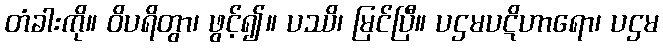
တံခါးကို။ ဝိပရိတွာ၊ ဖွင့်၍။ ပဿိ၊ မြင်ပြီ။ ပဌမပဋိဟာရော၊ ပဌမ